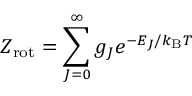
Z _ { \mathrm { r o t } } = \sum _ { J = 0 } ^ { \infty } { g _ { J } e ^ { - E _ { J } / k _ { \mathrm { B } } T \; } }